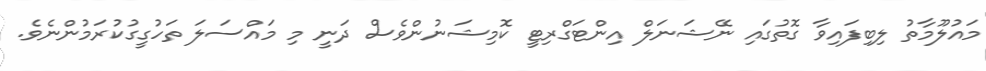
މައުލޫމާތު ލިބިފައިވާ ގޮތުގައި ނޭޝަނަލް އިންޓަގްރިޓީ ކޮމިޝަނުންވެސް ދަނީ މި މައްސަލަ ތަހުގީގުކުރަމުންނެވެ.